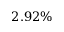
2 . 9 2 \%